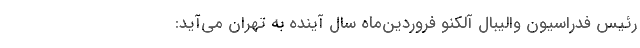
رئیس فدراسیون والیبال آلکنو فروردین‌ماه سال آینده به تهران می‌آید: